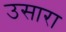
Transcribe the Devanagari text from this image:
उसारा